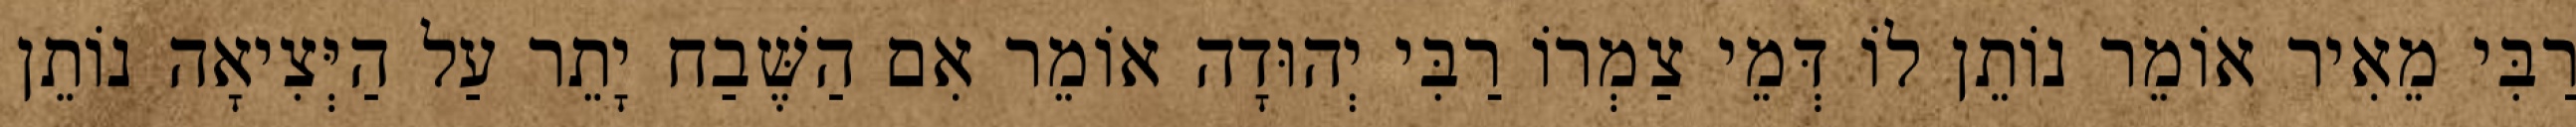
רַבִּי מֵאִיר אוֹמֵר נוֹתֵן לוֹ דְּמֵי צַמְרוֹ רַבִּי יְהוּדָה אוֹמֵר אִם הַשֶּׁבַח יָתֵר עַל הַיְּצִיאָה נוֹתֵן